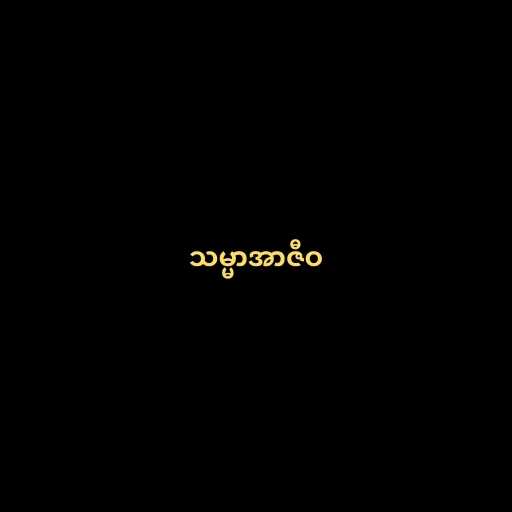
သမ္မာအာဇီဝ